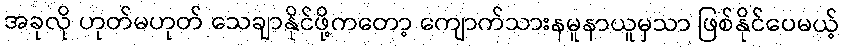
အခုလို ဟုတ်မဟုတ် သေချာနိုင်ဖို့ကတော့ ကျောက်သားနမူနာယူမှသာ ဖြစ်နိုင်ပေမယ့်